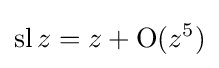
\operatorname {sl} z=z+\operatorname {O} (z^{5})